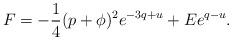
LaTeX: \begin{align*} F = -\frac{1}{4}(p+\phi)^2 e^{-3q + u} + E e^{q-u}.\end{align*}